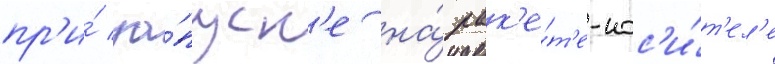
пр'и́ за́пуск'е на́ рак'е́т'е-нос'и́т'ел'е